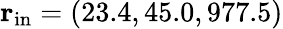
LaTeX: {\mathbf r}_{\mathrm{in}}=(23.4,45.0,977.5)